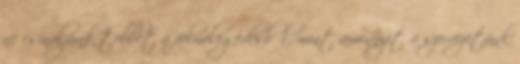
ne csináljunk többet a felmelegedésből, mint amennyit a szervezetünk